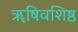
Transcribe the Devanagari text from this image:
ॠषिवशिष्ठ